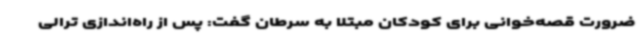
ضرورت قصه‌خوانی برای کودکان مبتلا به سرطان گفت: پس از راه‌اندازی ترالی